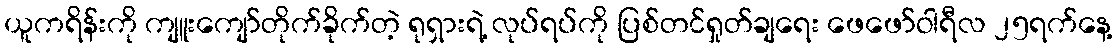
ယူကရိန်းကို ကျူးကျော်တိုက်ခိုက်တဲ့ ရုရှားရဲ့ လုပ်ရပ်ကို ပြစ်တင်ရှုတ်ချရေး ဖေဖော်ဝါရီလ ၂၅ရက်နေ့